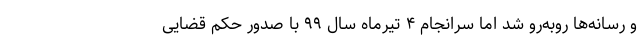
و رسانه‌ها روبه‌رو شد اما سرانجام ۴ تیرماه سال ۹۹ با صدور حکم قضایی